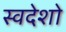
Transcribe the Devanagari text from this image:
स्वदेशो